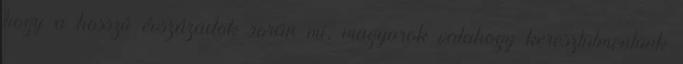
hogy a hosszú évszázadok során mi, magyarok valahogy keresztülmentünk